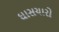
ઘાસચારો